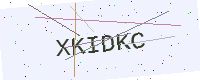
Text: XKIDKC